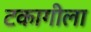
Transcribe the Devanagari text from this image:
टकागीला